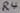
Text: R4